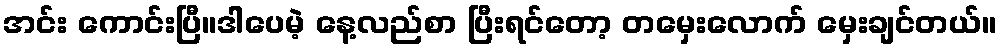
အင်း ကောင်းပြီ။ဒါပေမဲ့ နေ့လည်စာ ပြီးရင်တော့ တမှေးလောက် မှေးချင်တယ်။